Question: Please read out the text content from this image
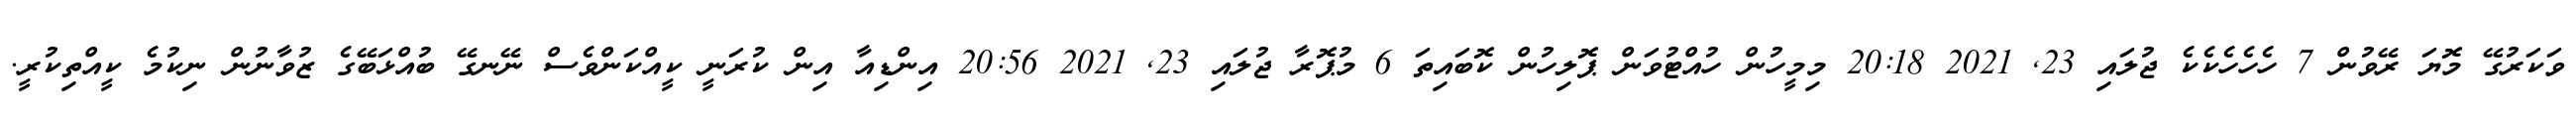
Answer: ވަކަރުގޭ މޮޔަ ރޭވުން 7 ހެހެހެކެކެ ޖުލައި 23, 2021 20:18 މިމީހުން ހުއްޓުވަން ޕޮލިހުން ކޮބައިތަ 6 މުޕޮރާ ޖުލައި 23, 2021 20:56 އިންޑިއާ އިން ކުރަނީ ކީއްކަންވެސް ނޭނގޭ ބުއްޅަބޭގެ ޒުވާނުން ނިކުމެ ކީއްތިކުރީ.